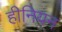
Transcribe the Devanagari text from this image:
हीनियन